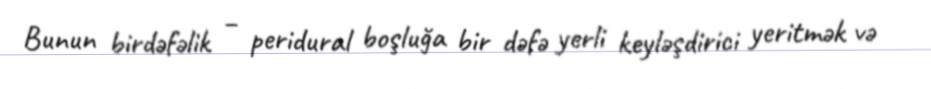
Bunun birdəfəlik – peridural boşluğa bir dəfə yerli keyləşdirici yeritmək və